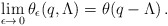
\begin{align*}\lim_{\epsilon \rightarrow\,0}\theta_{\epsilon}(q,\Lambda)=\theta(q-\Lambda)\,. \end{align*}